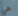
هي